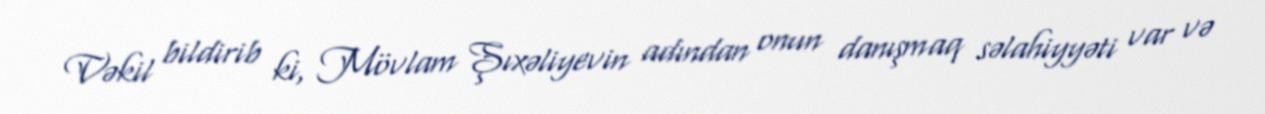
Vəkil bildirib ki, Mövlam Şıxəliyevin adından onun danışmaq səlahiyyəti var və